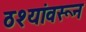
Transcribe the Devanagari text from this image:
ठश्यांवरून